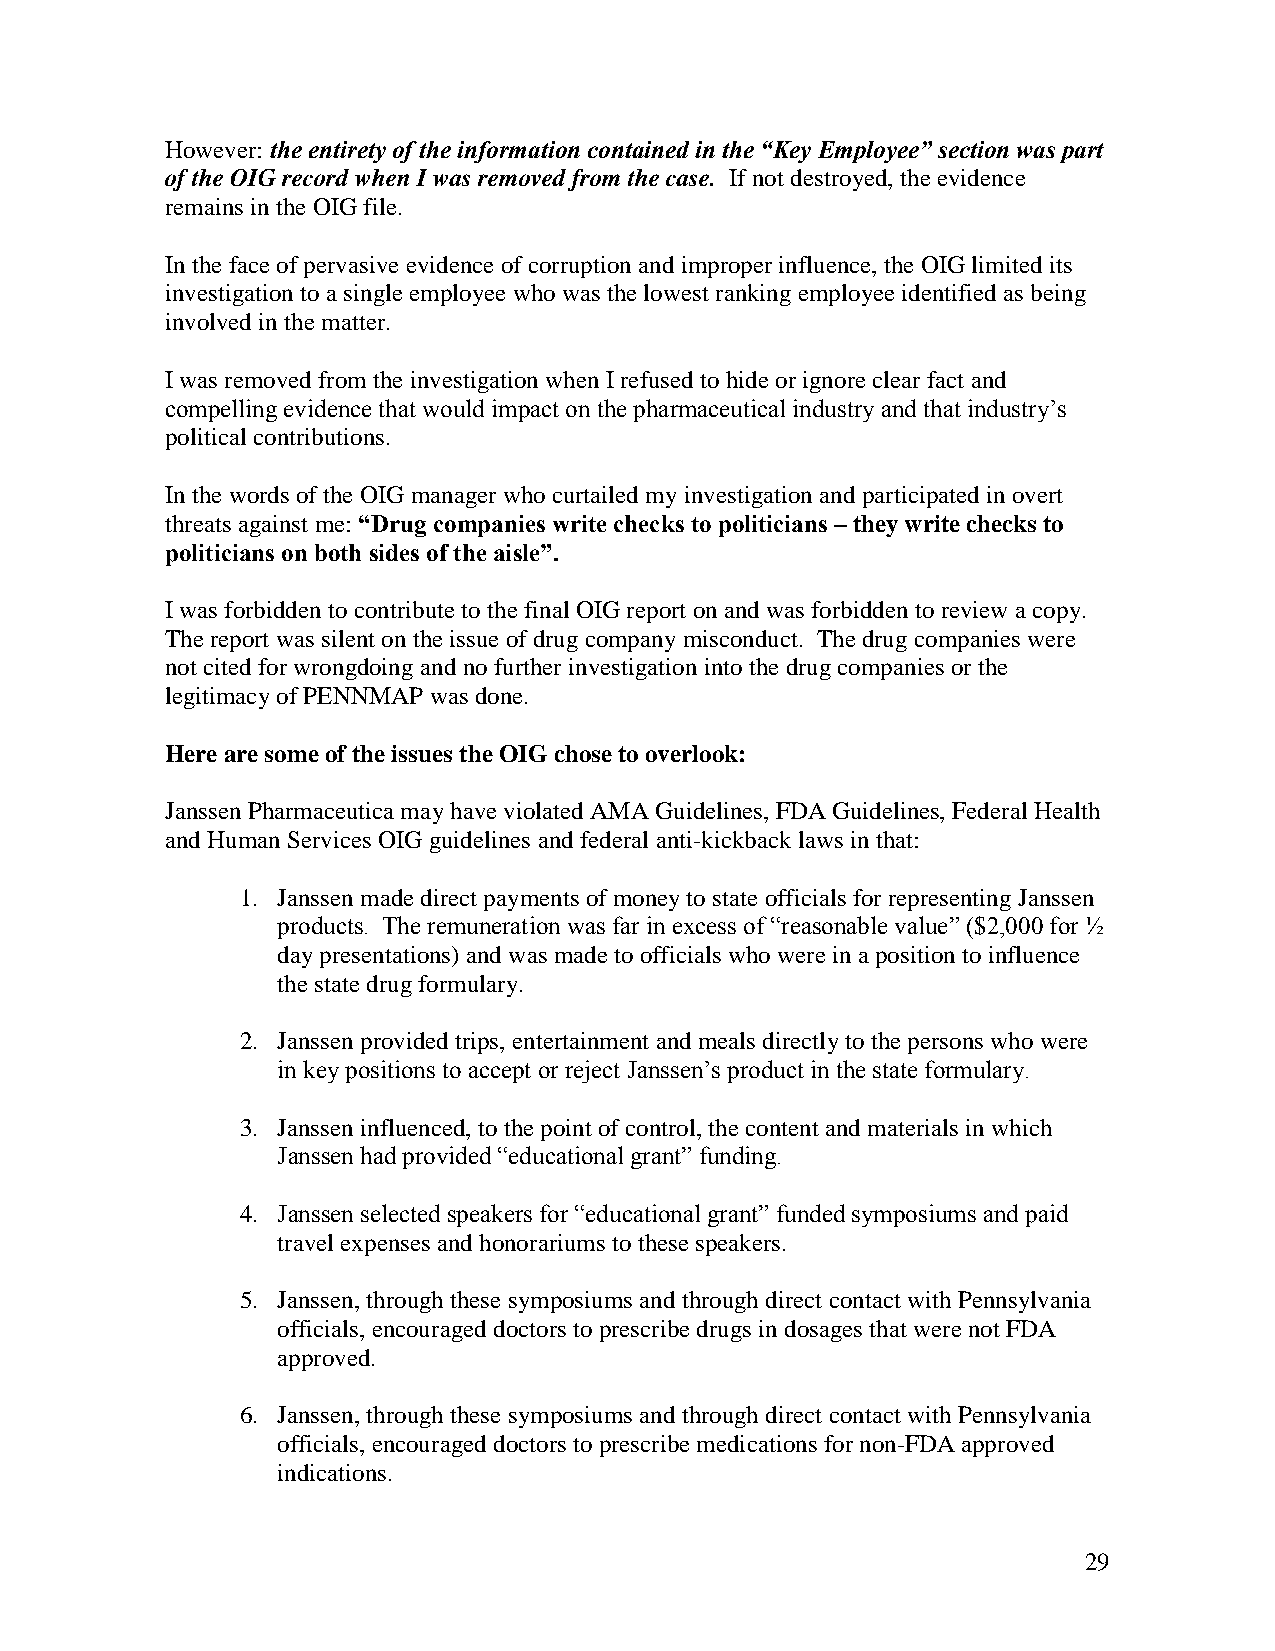
However: the entirety of the information contained in the “Key Employee” section was part
 oftheOIGrecord when I was removedfrom thecase. Ifnot destroyed,theevidence
 remains intheOIG file.
 Inthe faceofpervasive evidenceof corruptionandimproperinfluence,the OIGlimitedits
 investigationtoasingleemployee whowas thelowest rankingemployeeidentifiedas being
 involvedinthematter.
 Iwas removedfrom theinvestigationwhen Irefusedtohideorignore clear fact and
 compelling evidence that would impact on the pharmaceutical industry and that industry’s
 political contributions.
 Inthe words ofthe OIG managerwho curtailedmyinvestigationandparticipatedinovert
 threats against me: “Drug companies write checks to politicians –theywritechecks to
 politicians on both sides of the aisle”.
 Iwas forbiddentocontributetothefinal OIGreport onandwas forbidden toreviewa copy.
 Thereport was silent ontheissueofdrugcompanymisconduct. Thedrugcompanies were
 not citedforwrongdoingandnofurther investigationintothedrugcompanies orthe
 legitimacyofPENNMAP was done.
 Herearesomeof theissues theOIGchosetooverlook:
 JanssenPharmaceuticamayhaveviolated AMAGuidelines, FDAGuidelines, Federal Health
 andHumanServices OIGguidelines andfederal anti-kickbacklaws inthat:
 1. Janssenmadedirect payments ofmoneytostate officials for representingJanssen
 products. The remuneration was far in excess of “reasonable value” ($2,000 for ½
 daypresentations)andwas madetoofficials who wereinapositiontoinfluence
 thestatedrugformulary.
 2. Janssenprovidedtrips, entertainment andmeals directlytothepersons whowere
 in key positions to accept or reject Janssen’s product in the state formulary.
 3. Jansseninfluenced,tothepoint ofcontrol,thecontent andmaterials inwhich
 Janssen had provided “educational grant” funding.
 4. Janssen selected speakers for “educational grant” funded symposiums and paid
 travel expenses andhonorariums tothesespeakers.
 5. Janssen,throughthesesymposiums andthroughdirect contact withPennsylvania
 officials, encourageddoctors toprescribedrugs indosages that werenot FDA
 approved.
 6. Janssen,throughthesesymposiums andthroughdirect contact withPennsylvania
 officials, encourageddoctors toprescribemedications fornon-FDAapproved
 indications.
 29